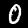
Digit: 0